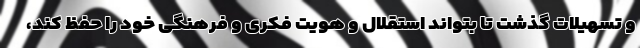
و تسهیلات گذشت تا بتواند استقلال و هویت فکری و فرهنگی خود را حفظ کند،